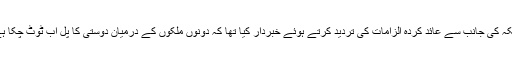
دوسری جانب چین کی وزارتِ خارجہ نے جمعرات کو امریکہ کی جانب سے عائد کردہ الزامات کی تردید کرتے ہوئے خبردار کیا تھا کہ دونوں ملکوں کے درمیان دوستی کا پل اب ٹوٹ چکا ہے، امریکہ کو قونصل خانہ بند کرنے کا جواب دیا جائے گا۔